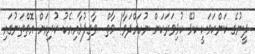
ދީނުގެ ކަންކަމަކީ ކުޅޭ ކުޅިވަރަކަށް ނުހައްދަވާ! މާތް  ވާގިފުޅާއިއެކު ކުރިއަށް އޮތްތަނުގައި